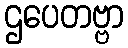
ဌပေတဗ္ဗာ